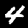
Digit: 4